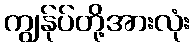
ကျွန်ုပ်တို့အားလုံး